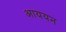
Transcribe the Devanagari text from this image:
आययन